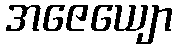
အဇေယျော